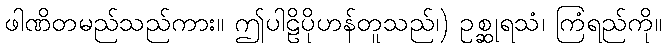
ဖါဏိတမည်သည်ကား။ ဤပါဠိပိုဟန်တူသည်၊) ဥစ္ဆုရသံ၊ ကြံရည်ကို။